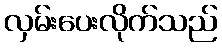
လှမ်းပေးလိုက်သည်